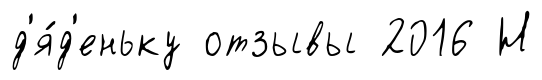
д'я́д'еньку отзывы 2016 Н